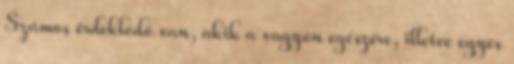
Számos érdeklődő van, akik a vagyon egészére, illetve egyes